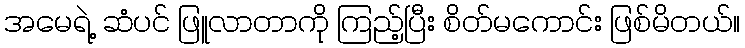
အမေရဲ့ ဆံပင် ဖြူလာတာကို ကြည့်ပြီး စိတ်မကောင်း ဖြစ်မိတယ်။